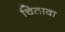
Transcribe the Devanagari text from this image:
चितावा